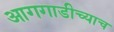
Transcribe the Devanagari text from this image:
आगगाडीच्याच